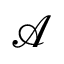
\mathcal { A }